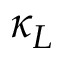
\kappa _ { L }